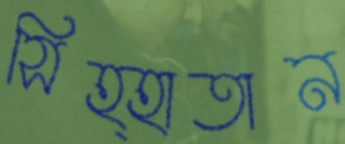
সিহ্হাতান